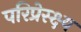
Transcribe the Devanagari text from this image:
परिप्रेस्क्ष्य